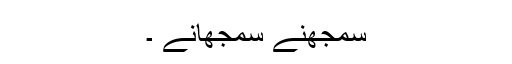
سمجھنے سمجھانے ۔